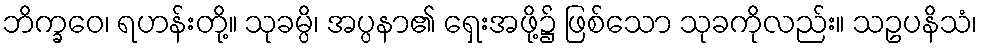
ဘိက္ခဝေ၊ ရဟန်းတို့။ သုခမ္ပိ၊ အပ္ပနာ၏ ရှေးအဖို့၌ ဖြစ်သော သုခကိုလည်း။ သဥပနိသံ၊